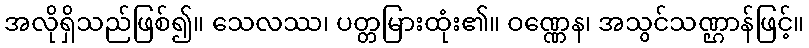
အလိုရှိသည်ဖြစ်၍။ သေလဿ၊ ပတ္တမြားထုံး၏။ ဝဏ္ဏေန၊ အသွင်သဏ္ဌာန်ဖြင့်။